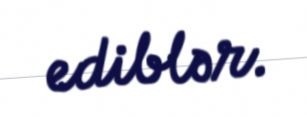
ediblər.